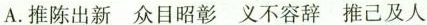
A.推陈出新 众目昭彰 义不容辞 推己及人